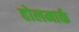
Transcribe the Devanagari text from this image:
होलमार्क